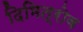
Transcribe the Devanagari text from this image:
दिमित्रोव